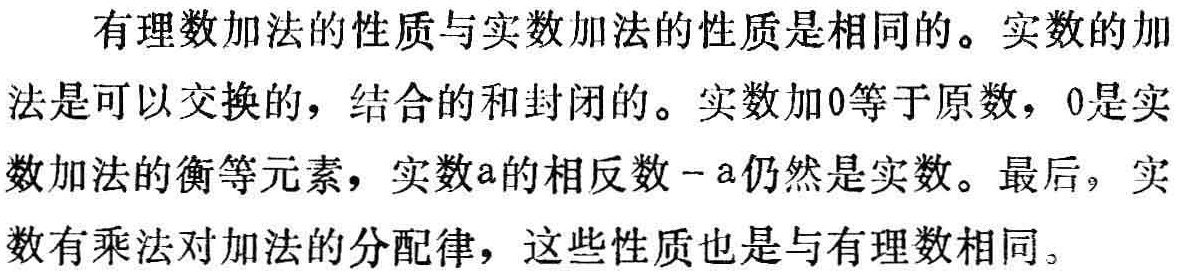
有理数加法的性质与实数加法的性质是相同的。实数的加法是可以交换的，结合的和封闭的。实数加0等于原数，0是实数加法的衡等元素，实数\(a\)的相反数\(-a\)仍然是实数。最后，实数有乘法对加法的分配律，这些性质也是与有理数相同。